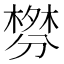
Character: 𰅃